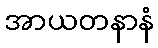
အာယတနာနံ